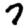
Digit: 7